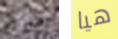
ضريح هيا